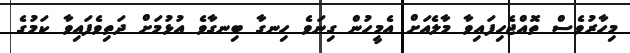
މިހާރުވެސް ތޮއްޖެހިފައިވާ މާލެއަށް އެމީހުން ގިނަވެ ހިނގާ ބިނގާވެ އުޅުމަށް ދަތިވެފައިވާ ކަމުގެ